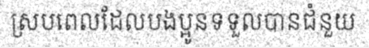
ស្របពេលដែលបងប្អូនទទួលបានជំនួយ